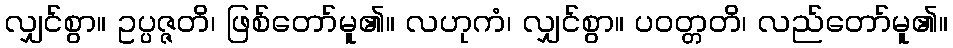
လျှင်စွာ။ ဥပ္ပဇ္ဇတိ၊ ဖြစ်တော်မူ၏။ လဟုကံ၊ လျှင်စွာ။ ပဝတ္တတိ၊ လည်တော်မူ၏။